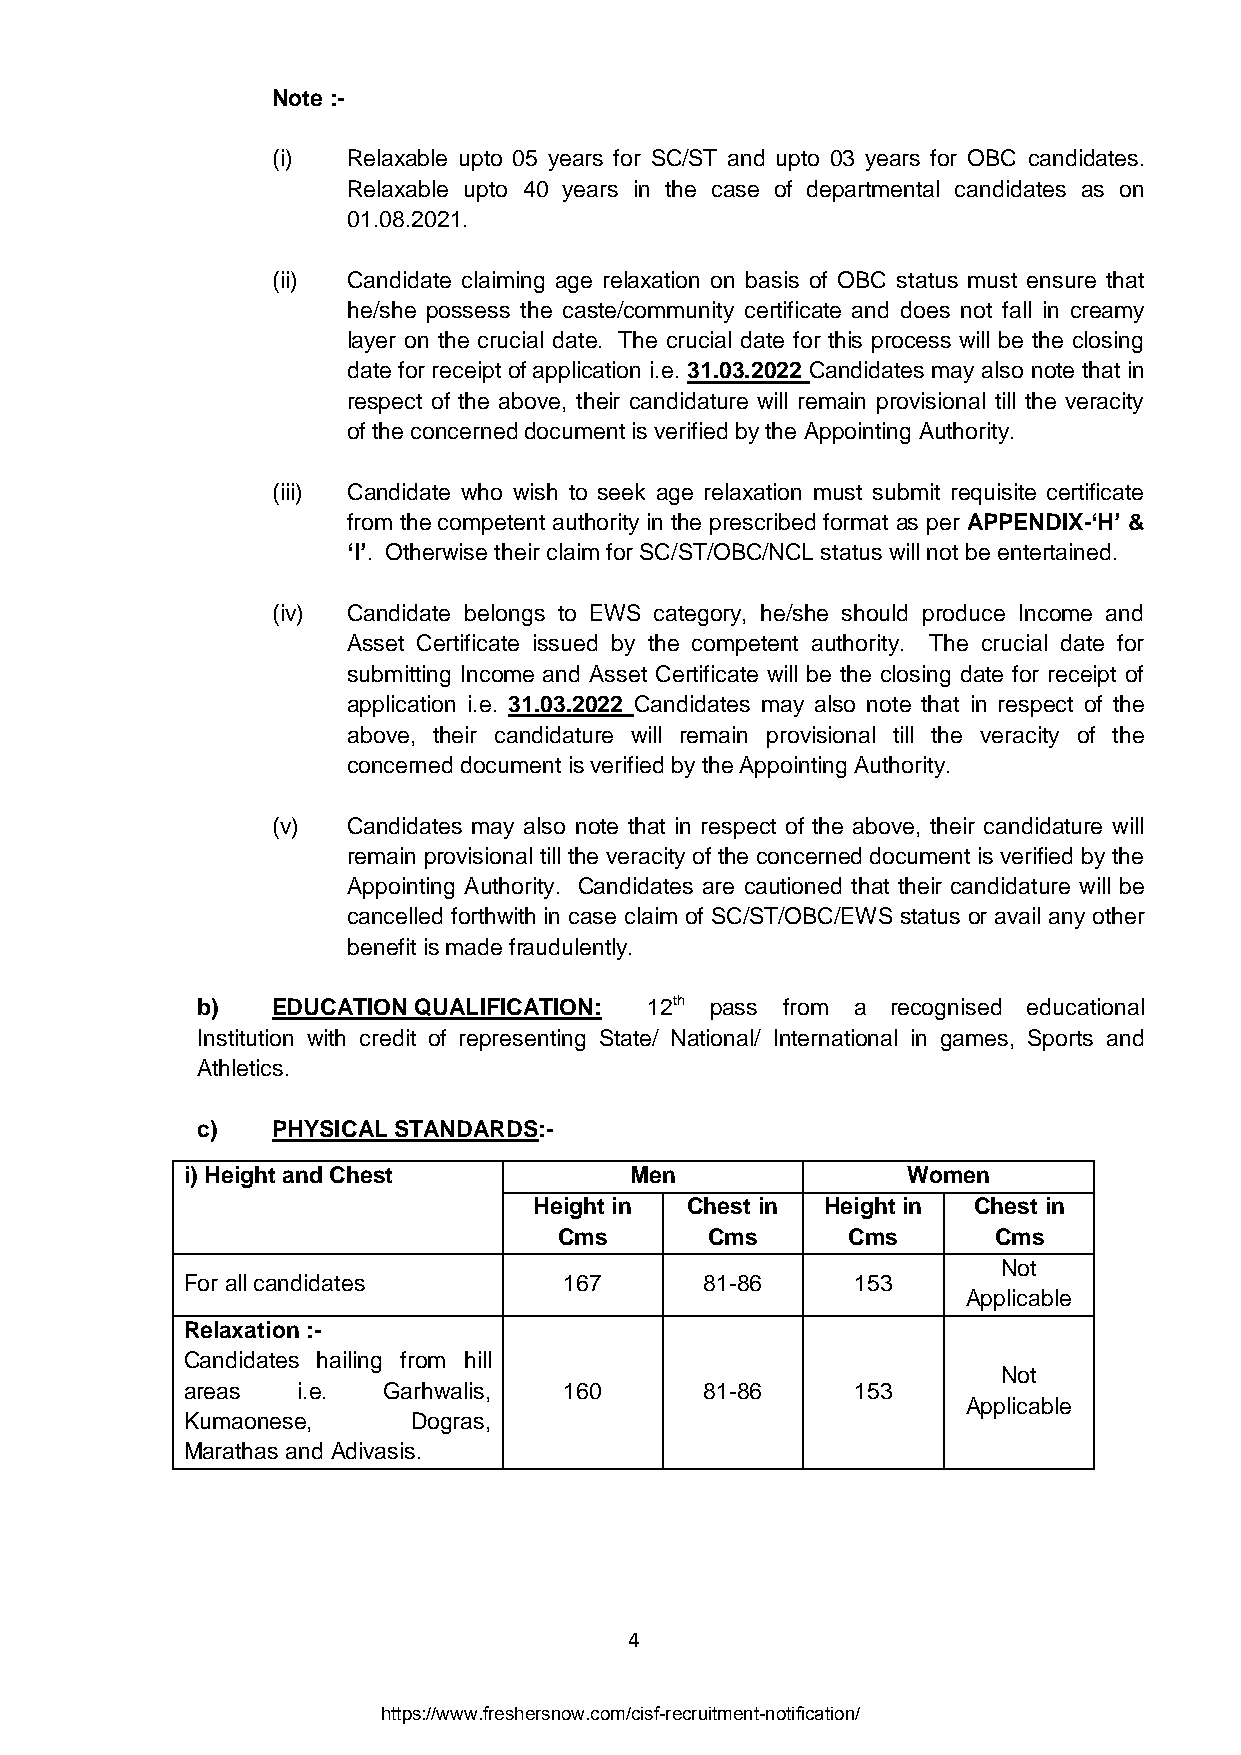
Note :-
 (i)  Relaxable upto 05 years for SC/ST and upto 03 years for OBC candidates.
 Relaxable upto 40 years in the case of departmental candidates as on
 01.08.2021.
 (ii) Candidate claiming age relaxation on basis of OBC status must ensure that
 he/she possess the caste/community certificate and does not fall in creamy
 layer on the crucial date. The crucial date for this process will be the closing
 date for receipt of application i.e. 31.03.2022 Candidates may also note that in
 respect of the above, their candidature will remain provisional till the veracity
 of the concerned document is verified by the Appointing Authority.
 (iii) Candidate who wish to seek age relaxation must submit requisite certificate
 from the competent authority in the prescribed format as per APPENDIX-„H‟ &
 „I‟. Otherwise their claim for SC/ST/OBC/NCL status will not be entertained.
 (iv) Candidate belongs to EWS category, he/she should produce Income and
 Asset Certificate issued by the competent authority. The crucial date for
 submitting Income and Asset Certificate will be the closing date for receipt of
 application i.e. 31.03.2022 Candidates may also note that in respect of the
 above, their candidature will remain provisional till the veracity of the
 concerned document is verified by the Appointing Authority.
 (v)  Candidates may also note that in respect of the above, their candidature will
 remain provisional till the veracity of the concerned document is verified by the
 Appointing Authority. Candidates are cautioned that their candidature will be
 cancelled forthwith in case claim of SC/ST/OBC/EWS status or avail any other
 benefit is made fraudulently.
 b)   EDUCATION QUALIFICATION: 12th pass from a recognised educational
 Institution with credit of representing State/ National/ International in games, Sports and
 Athletics.
 c)   PHYSICAL STANDARDS:-
 i) Height and Chest           Men               Women
 Height in Chest in  Height in Chest in
 Cms       Cms      Cms       Cms
 Not
 For all candidates       167       81-86     153
 Applicable
 Relaxation :-
 Candidates hailing from hill
 Not
 areas   i.e. Garhwalis,  160       81-86     153
 Applicable
 Kumaonese,     Dogras,
 Marathas and Adivasis.
 4
 https://www.freshersnow.com/cisf-recruitment-notification/